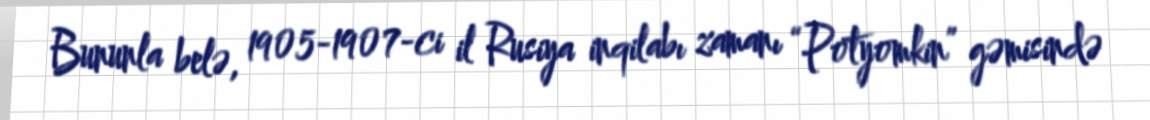
Bununla belə, 1905-1907-ci il Rusiya inqilabı zamanı “Potyomkin” gəmisində